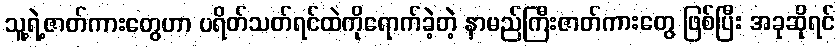
သူ့ရဲ့ဇာတ်ကားတွေဟာ ပရိတ်သတ်ရင်ထဲကိုရောက်ခဲ့တဲ့ နာမည်ကြီးဇာတ်ကားတွေ ဖြစ်ပြီး အခုဆိုရင်